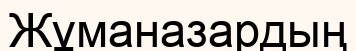
Жұманазардың